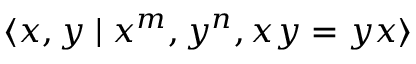
\langle x , y \mid x ^ { m } , y ^ { n } , x y = y x \rangle